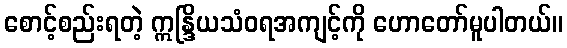
စောင့်စည်းရတဲ့ ဣန္ဒြိယသံဝရအကျင့်ကို ဟောတော်မူပါတယ်။